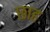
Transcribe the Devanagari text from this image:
छाह